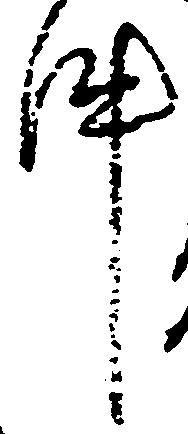
件